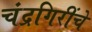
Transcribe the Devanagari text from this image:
चंद्रगिरींचे